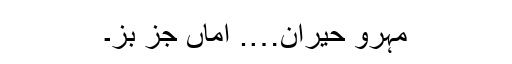
مہرو حیران…. اماں جز بز۔